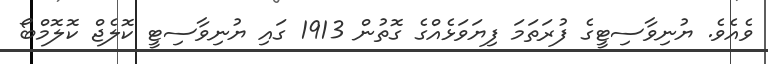
ވެއެވެ. ޔުނިވާސިޓީގެ ފުރަތަމަ ފިޔަވަޅެއްގެ ގޮތުން 1913 ގައި ޔުނިވާސިޓީ ކޮލެޖް ކޮލޮމްބޯ